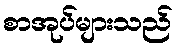
စာအုပ်များသည်